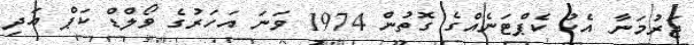
ޖަރުމަނާ އެކު ކެޕްޓަނެއްގެ ގޮތުން 1974 ވަނަ އަހަރުގެ ވޯލްޑް ކަޕް އަދި